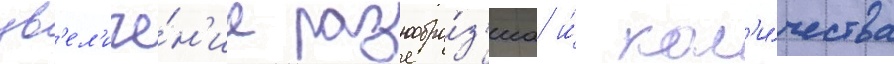
ув'ел'иче́н'ие разнообра́з'иа и́ кол'и́чества